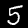
Label: 5